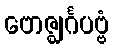
ဗောဇ္ဈင်္ဂပဗ္ဗံ